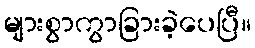
များစွာကွာခြားခဲ့ပေပြီ။